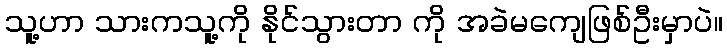
သူ့ဟာ သားကသူ့ကို နိုင်သွားတာ ကို အခဲမကျေဖြစ်ဦးမှာပဲ။